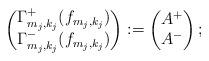
LaTeX: \begin{align*}\begin{pmatrix}\Gamma_{m_j,k_j}^+(f_{m_j,k_j})\\\Gamma_{m_j,k_j}^-(f_{m_j,k_j})\end{pmatrix}:=\begin{pmatrix}A^+\\A^-\end{pmatrix};\end{align*}